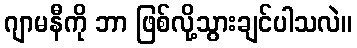
ဂျာမနီကို ဘာ ဖြစ်လို့သွားချင်ပါသလဲ။